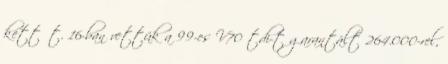
kettőt. 16-ban vettük a 99-es V70 tdi-t garantált 264.000-rel,